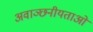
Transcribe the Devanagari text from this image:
अवाञ्छनीयताओं